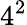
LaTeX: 4^{2}